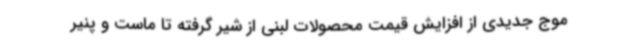
موج جدیدی از افزایش قیمت محصولات لبنی از شیر گرفته تا ماست و پنیر